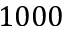
1 0 0 0